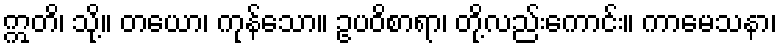
ဣတိ၊ သို့။ တယော၊ ကုန်သော။ ဥပဝိစာရာ၊ တို့လည်းကောင်း။ ကာမေသနာ၊